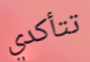
تتأكدي